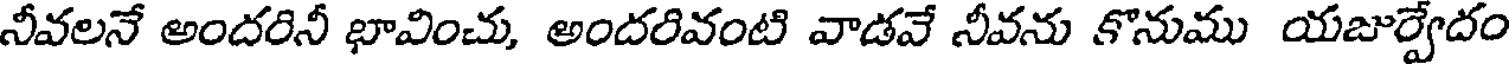
నీవలనే అందరినీ భావించు, అందరివంటి వాడవే నీవను కొనుము యజుర్వేదం